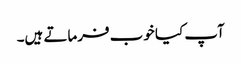
آپ کیا خوب فرماتے ہیں۔